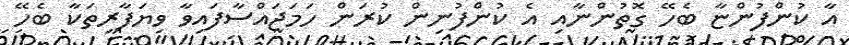
އާ ކުންފުންޏާ ބެހޭ ގޮތުންނާއި އެ ކުންފުނިން ކުރަން ހަމަޖައްސާފައިވާ ވިޔަފާރިތަކާ ބެހޭ